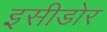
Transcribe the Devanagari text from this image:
इसीडोर